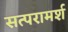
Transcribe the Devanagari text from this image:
सत्परामर्श